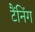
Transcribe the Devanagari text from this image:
टैंनिंग